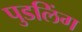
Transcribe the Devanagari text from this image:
पुडलिंग